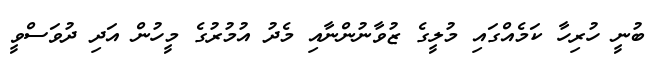
ބުނީ ހުރިހާ ކަމެއްގައި މުލީގެ ޒުވާނުންނާއި މެދު އުމުރުގެ މީހުން އަދި ދުވަސްވީ